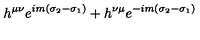
h ^ { \mu \nu } e ^ { i m ( \sigma _ { 2 } - \sigma _ { 1 } ) } + h ^ { \nu \mu } e ^ { - i m ( \sigma _ { 2 } - \sigma _ { 1 } ) }